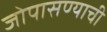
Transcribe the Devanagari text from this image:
जोपासण्याची